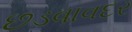
છડવાવદર